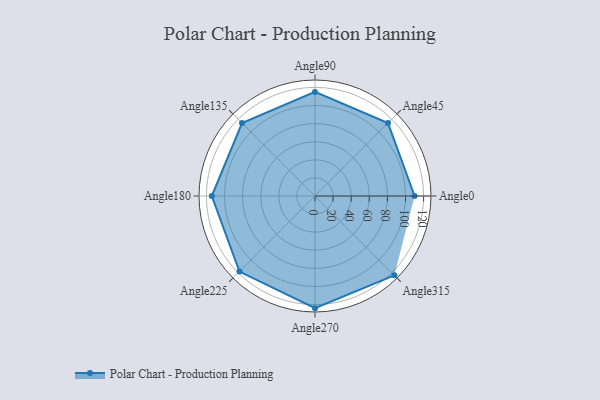
{"axis": {"x": "Angle", "y": "Radius"}, "legend": [""], "data": [{"x": "Angle0", "y": 110.0, "type": ""}, {"x": "Angle45", "y": 114.0, "type": ""}, {"x": "Angle90", "y": 115.0, "type": ""}, {"x": "Angle135", "y": 114.0, "type": ""}, {"x": "Angle180", "y": 114.0, "type": ""}, {"x": "Angle225", "y": 118.0, "type": ""}, {"x": "Angle270", "y": 124.0, "type": ""}, {"x": "Angle315", "y": 124.0, "type": ""}]}